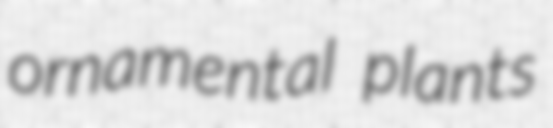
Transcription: ornamental plants